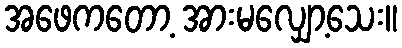
အဖေကတော့ အားမလျှော့သေး။